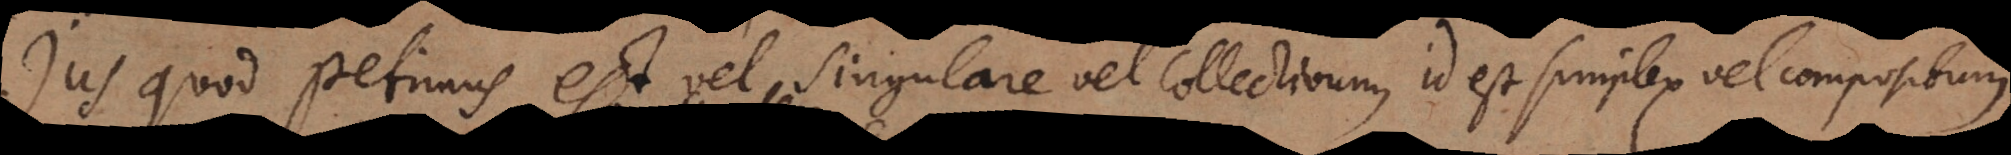
Jus quod petimus est vel singulare vel collectivum, id est simplex vel composit